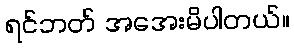
ရင်ဘတ် အအေးမိပါတယ်။